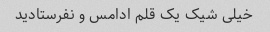
خیلی شیک یک قلم ادامس و نفرستادید